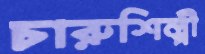
চারুশিল্পী